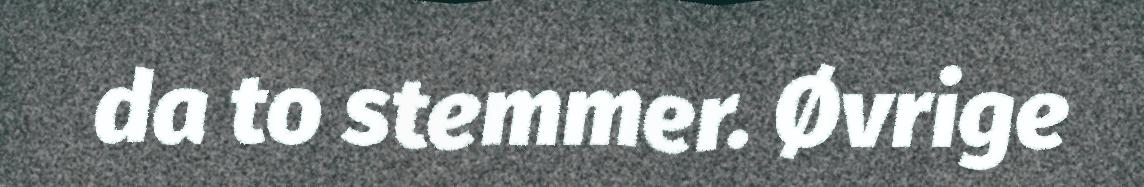
da to stemmer. Øvrige